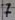
Text: 7